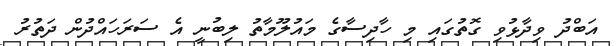
އަބްދު ވިދާޅުވި ގޮތުގައި މި ހާދިސާގެ މައުލޫމާތު ލިބުނީ އެ ސަރަހައްދުން ދަތުރު